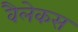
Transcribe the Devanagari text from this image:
वैलेकस